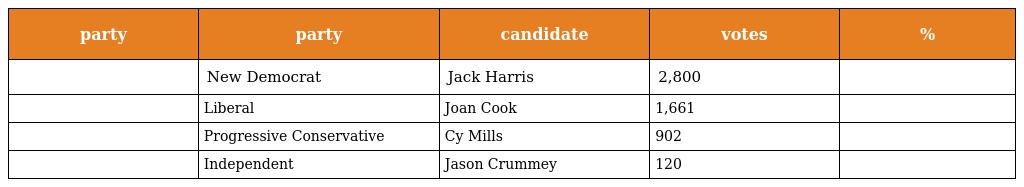
| party | party | candidate | votes | % |
 | --- | --- | --- | --- | --- |
 |  | New Democrat | Jack Harris | 2,800 |  |
 |  | Liberal | Joan Cook | 1,661 |  |
 |  | Progressive Conservative | Cy Mills | 902 |  |
 |  | Independent | Jason Crummey | 120 |  |